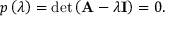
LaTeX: p \left( \lambda \right) = \operatorname* { d e t } \left( \mathbf { A } - \lambda \mathbf { I } \right) = 0 .